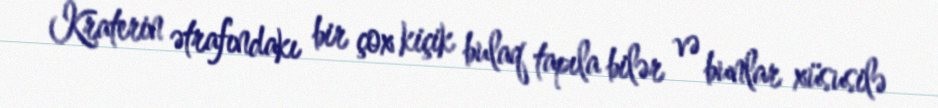
Kraterin ətrafındakı bir çox kiçik bulaq tapıla bilər və bunlar xüsusilə